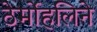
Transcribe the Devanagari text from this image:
ठेर्मोहलिने